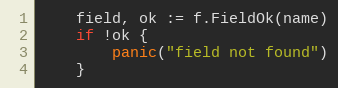
Language: Go
	field, ok := f.FieldOk(name)
	if !ok {
		panic("field not found")
	}